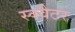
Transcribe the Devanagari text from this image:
स्क्वैटर